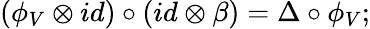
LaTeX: (\phi_{V}\otimes id)\circ(id\otimes\beta)=\Delta\circ\phi_{V};